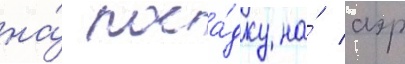
на́ поса́дку на́ аэр